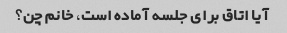
آیا اتاق برای جلسه آماده است، خانم چن؟